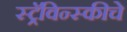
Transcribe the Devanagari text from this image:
स्ट्रॅविन्स्कीचे